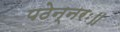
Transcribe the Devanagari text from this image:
पठेन्नरः॥